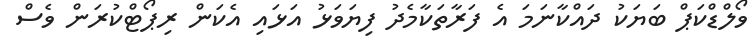
ވޯލްޑްކަޕް ބަޔަކު ދައްކާނަމަ އެ ފަރާތަކާމެދު ފިޔަވަޅު އަޅައި އެކަން ރިޕޯޓްކުރަން ވެސް